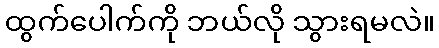
ထွက်ပေါက်ကို ဘယ်လို သွားရမလဲ။